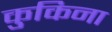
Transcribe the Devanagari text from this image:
कुकिना